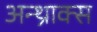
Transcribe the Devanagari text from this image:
अन्थ्राक्स